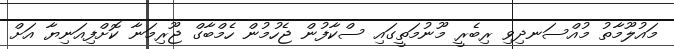
މައުލޫމާތު މުއްސަނދިވި ރިބެރީ މޫނުމަތީގައި ސްކާފުން ޖެހުމުން ހެމްބާގް ޖޫރިމަނާ ކޮށްފިއަނިޔާ އަށް